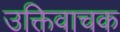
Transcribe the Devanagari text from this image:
उक्तिवाचक